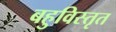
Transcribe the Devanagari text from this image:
बहुविस्तृत